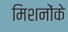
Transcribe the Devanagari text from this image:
मिशनोंके